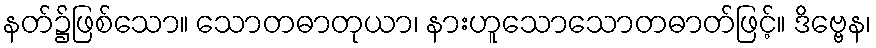
နတ်၌ဖြစ်သော။ သောတဓာတုယာ၊ နားဟူသောသောတဓာတ်ဖြင့်။ ဒိဗ္ဗေန၊